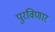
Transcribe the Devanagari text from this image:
पुरविणार